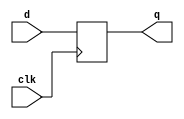
// D Flip Flop

module dff_5(clk, d, q);
    input    clk;
    input    [4:0] d;
    output   [4:0] q;

    reg    [4:0] q;
    
    always @(posedge clk)
    begin
        q <= d;
    end
endmodule